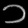
Digit: ၁